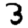
Digit: 3